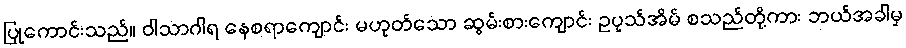
ပြုကောင်းသည်။ ဝါသာဂါရ နေစရာကျောင်း မဟုတ်သော ဆွမ်းစားကျောင်း ဥပုသ်အိမ် စသည်တို့ကား ဘယ်အခါမှ